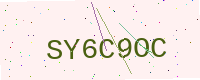
Text: SY6C9OC